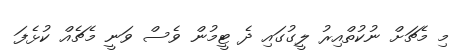
މި މެޗަށް ނުކުތްއިރު ލީގުގައި ދެ ޓީމުން ވެސް ވަނީ މެޗެއް ކުޅެފަ